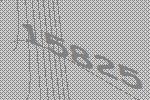
15825